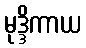
မုဒ္ဒိကာယ